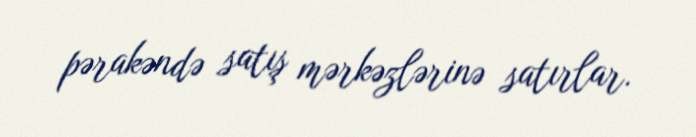
pərakəndə satış mərkəzlərinə satırlar.